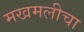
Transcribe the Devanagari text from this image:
मखमलीचा